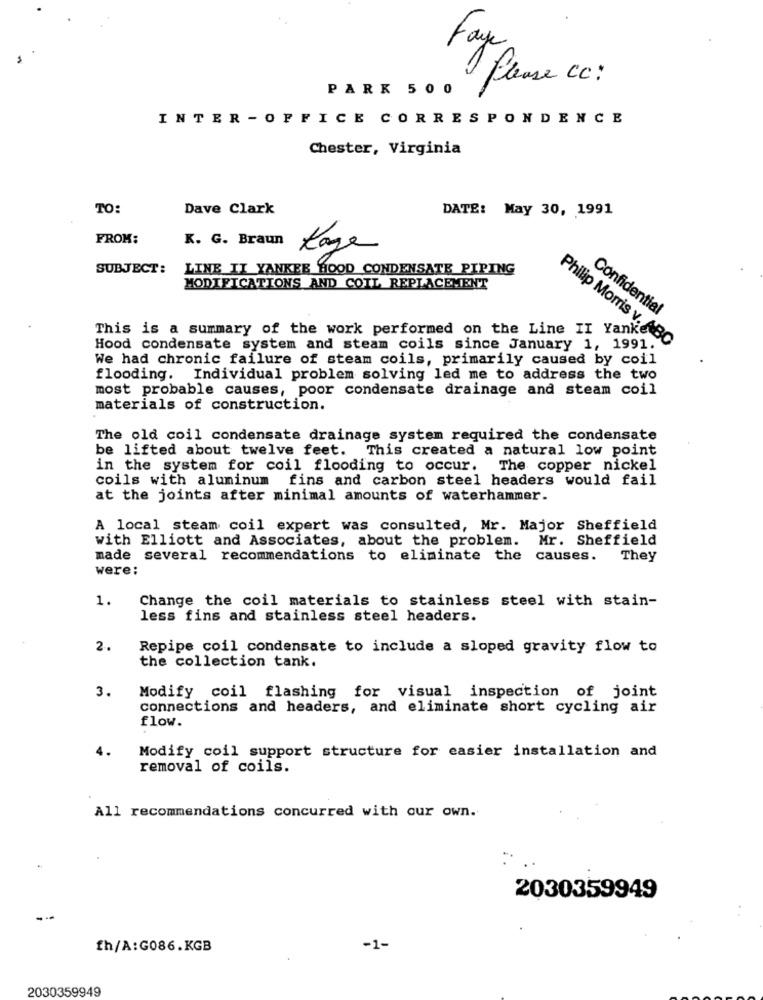
Faye
PARK 500
Please cc :
INTER - OFFICE CORRESPONDENCE
Chester, Virginia
TO:
Dave Clark
DATE: May 30, 1991
FROM:
K. G. Braun
Kage
SUBJECT:
LINE II YANKEE HOOD CONDENSATE PIPING
MODIFICATIONS AND COIL REPLACEMENT
Confidential
This is a summary of the work performed on the Line II Yanke
Hood condensate system and steam coils since January 1, 1991.
Philip Morris v. ABC
We had chronic failure of steam coils, primarily caused by coil
flooding. Individual problem solving led me to address the two
most probable causes, poor condensate drainage and steam coil
materials of construction.
The old coil condensate drainage system required the condensate
be lifted about twelve feet. This created a natural low point
in the system for coil flooding to occur. The copper nickel
coils with aluminum fins and carbon steel headers would fail
at the joints after minimal amounts of waterhammer.
A local steam coil expert was consulted, Mr. Major Sheffield
with Elliott and Associates, about the problem.
Mr. Sheffield
made several recommendations to eliminate the causes. They
were:
1.
Change the coil materials to stainless steel with stain-
less fins and stainless steel headers.
2.
Repipe coil condensate to include a sloped gravity flow to
the collection tank.
3.
Modify coil flashing for visual inspection of joint
connections and headers, and eliminate short cycling air
flow.
4.
Modify coil support structure for easier installation and
removal of coils.
All recommendations concurred with our own.
2030359949
fh/A:G086.KGB
-1-
2030359949